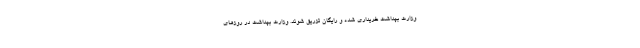
وزارت بهداشت خریداری شده و رایگان تزریق شوند. وزارت بهداشت در روزهای